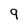
Character: 9